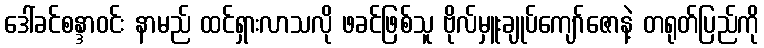
ဒေါ်ခင်စန္ဒာဝင်း နာမည် ထင်ရှားလာသလို ဖခင်ဖြစ်သူ ဗိုလ်မှူးချုပ်ကျော်ဇောနဲ့ တရုတ်ပြည်ကို